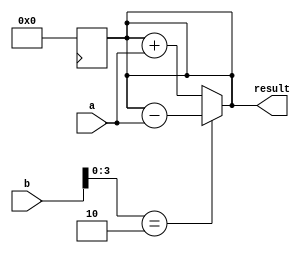
module booth_multiplier (
    input [31:0] a,
    input [31:0] b,
    output reg [63:0] result
);

reg [31:0] multiplicand;
reg [31:0] multiplier;
wire [63:0] partial_product;
reg [63:0] accumulator;

integer i;

assign multiplicand = a;
assign multiplier = b;

// Initialize accumulator
always @ (posedge clk) begin
    accumulator <= 64'b0;
end

// Booth encoding operation
always @* begin
    partial_product[63:32] = multiplicand << 32;
    partial_product[31:0] = multiplicand;

    accumulator <= accumulator + partial_product;
    
    case (multiplier[3:0])
        4'b0000: begin // No operation
            // Do nothing
        end
        4'b0001: begin // Add multiplicand
            accumulator <= accumulator + partial_product;
        end
        4'b0010: begin // Subtract multiplicand
            accumulator <= accumulator - partial_product;
        end
        // Other cases for Booth encoding
    endcase
end

// Output result
always @* begin
    result = accumulator;
end

endmodule